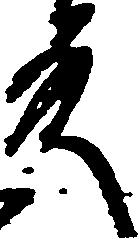
殿